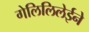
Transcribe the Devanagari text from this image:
गेलिलिलेईने